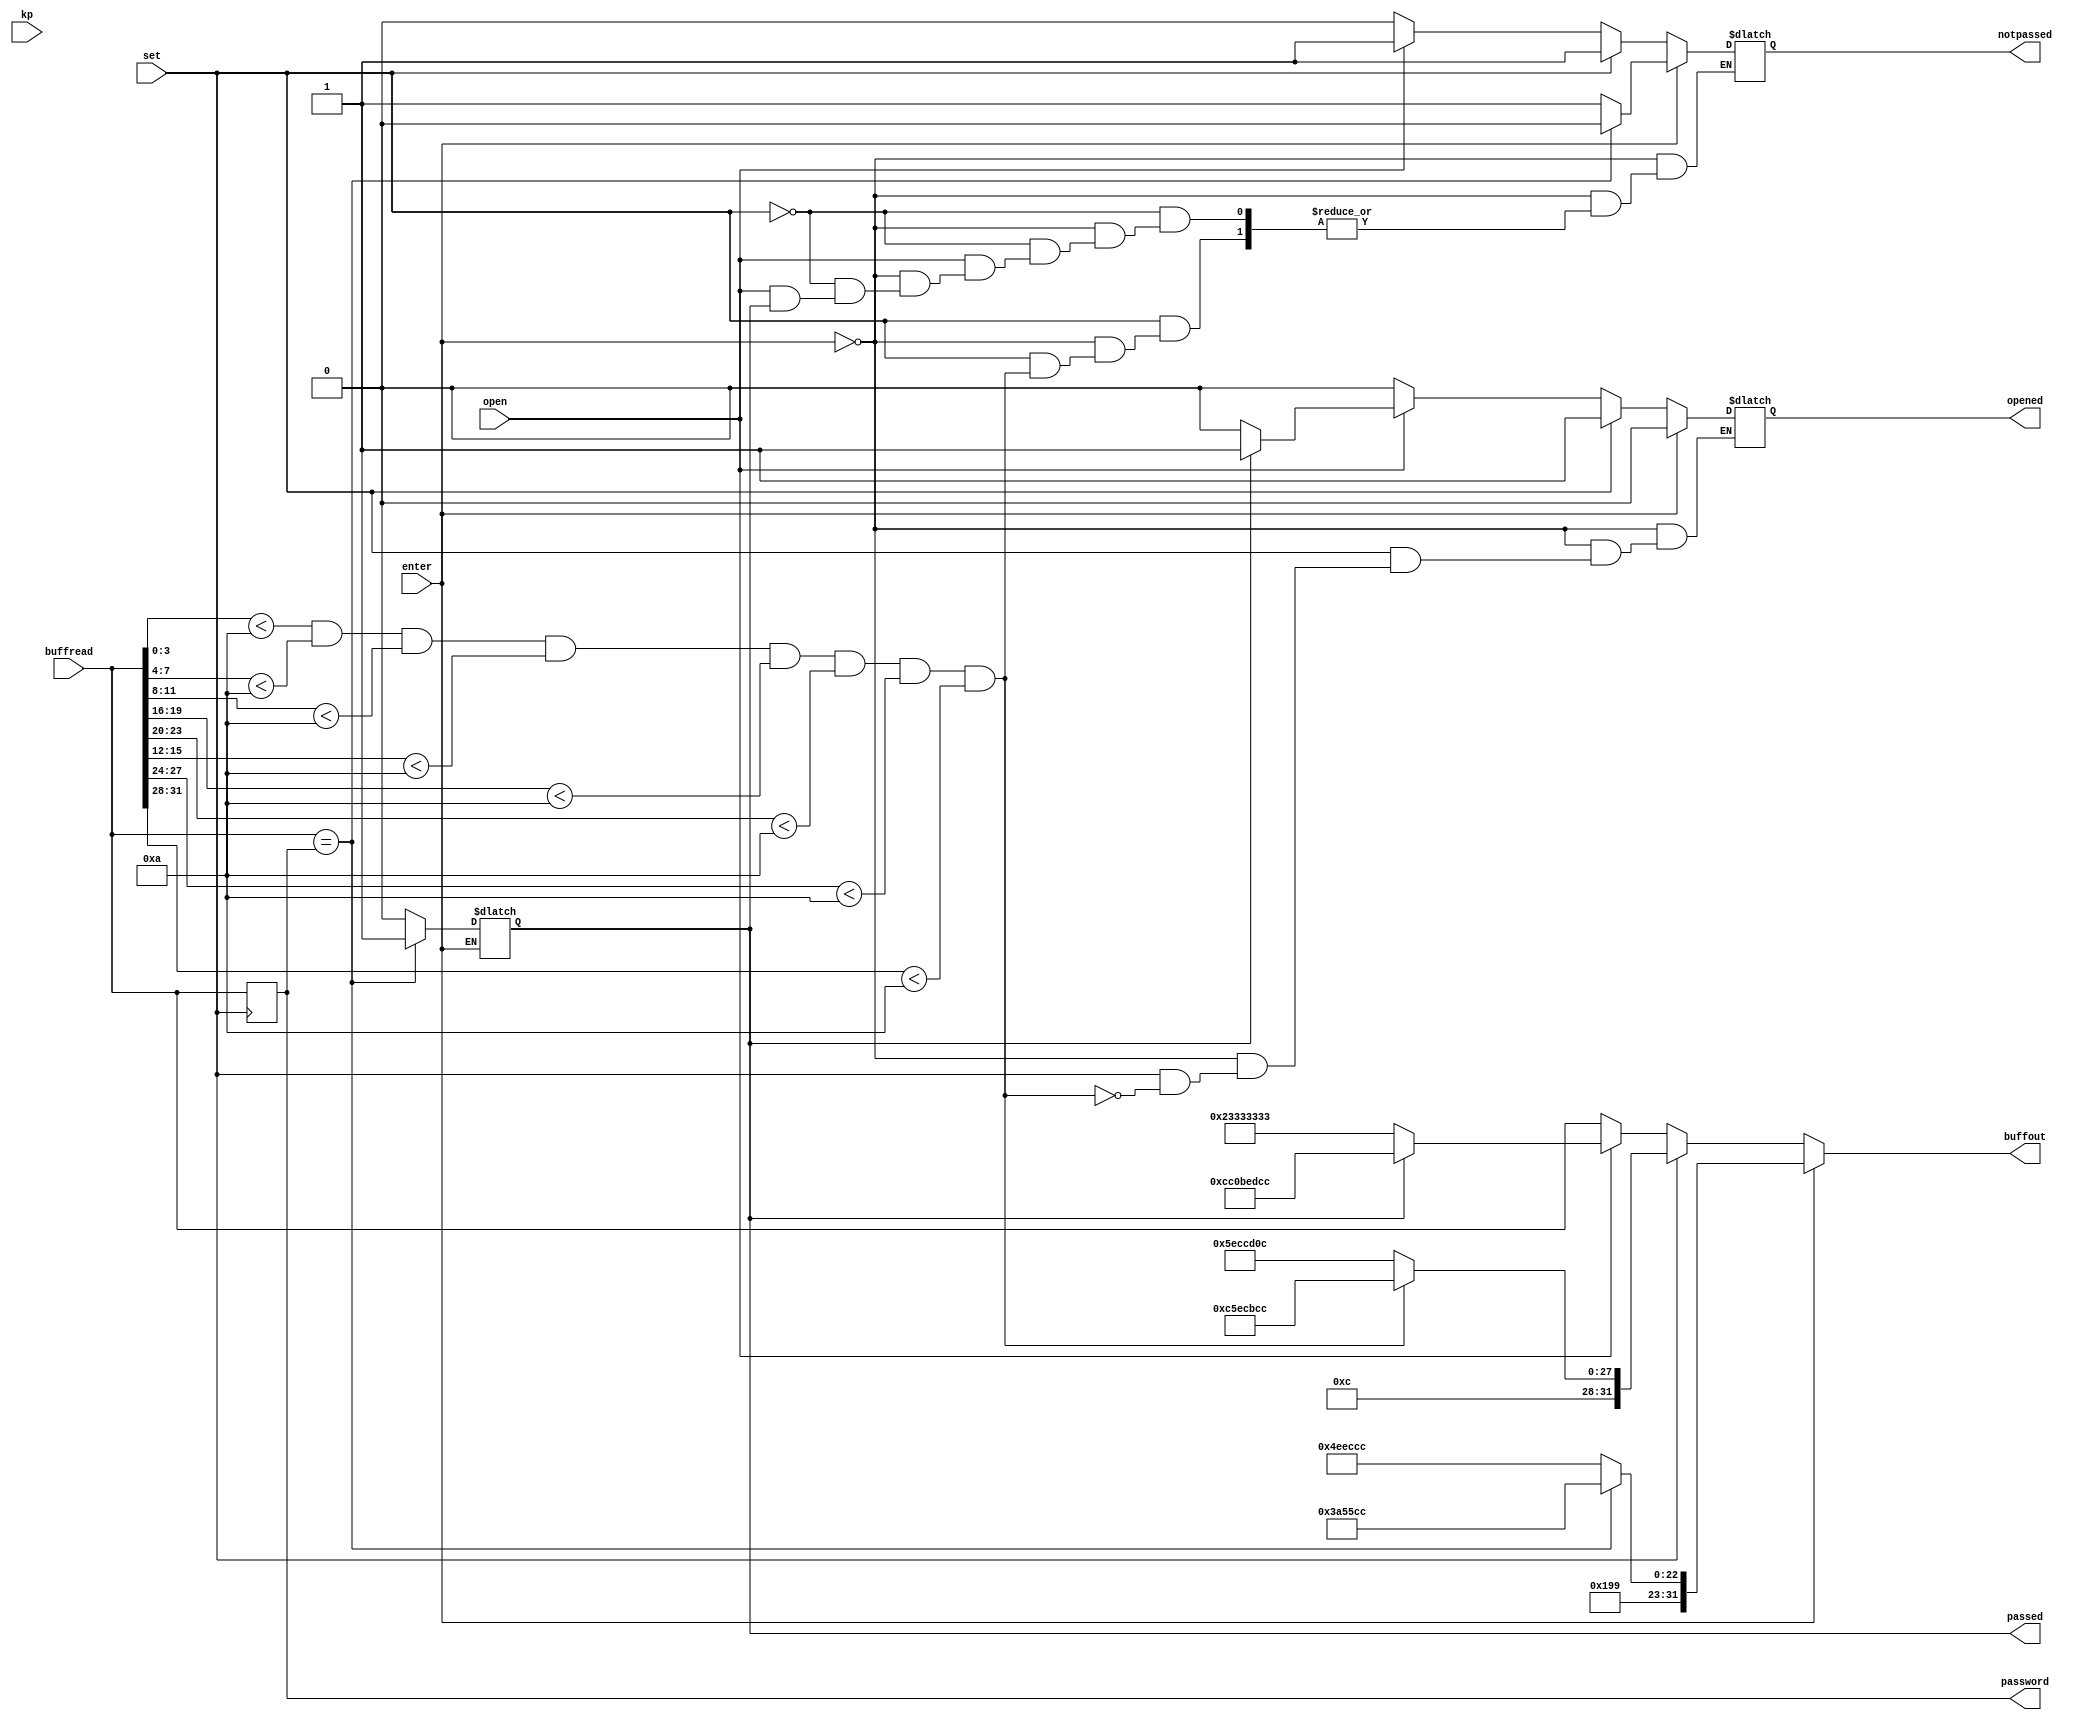
module passchecker(buffread, buffout, passed, notpassed, enter,set, kp, password, open, opened);
input [31:0] buffread;
input enter,kp, set, open;
output reg [31:0] buffout;
output reg passed, notpassed, opened;
output reg [31:0] password = 'h15071025;

	always@(kp)
	begin
		//notpassed = 0;
		//opened = 0;
		if (enter)
			begin
				if(buffread == password)
					begin
						passed = 1;
						notpassed = 0;
						opened = 0;
						buffout = 'hccba55cc;
					end
				else
					begin
						passed = 0;
						opened = 0;
						notpassed = 1;
						buffout = 'hccceeccc;
					end
			end
		else if (set)
		begin
			//set password
			//must 8-digit
			if (buffread[3:0]<'ha && buffread[7:4]<'ha && buffread[11:8]<'ha
			&& buffread[15:12]<'ha && buffread[19:16]<'ha && buffread[23:20]<'ha
			&& buffread[27:24]<'ha && buffread[31:28]<'ha)
				begin
					//password = buffread;
					//buffout = password;
					buffout = 'hcc5ecbcc;//--SE-P--
					opened = 1; //for clear display with any key
				end
			else
			begin
				buffout = 'hc5eccd0c; //-SE--No-
				notpassed = 1;
			end
		end
		else if (open)
		begin
			if(passed == 1)
				begin
					opened = 1;
					//passed = 0;
					buffout = 'hCC0bedCC;//open
				end
			else
				begin
					opened = 0;
					notpassed = 1;
					buffout = 'h23333333;
				end
		end
		else
		//any key else
		begin
			opened = 0;
			notpassed = 0;
			buffout = buffread;
		end
	end
	always@(posedge set)
		password = buffread;
		
	
endmodule